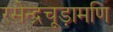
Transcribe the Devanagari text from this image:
रसेन्द्रचूड़ामणि